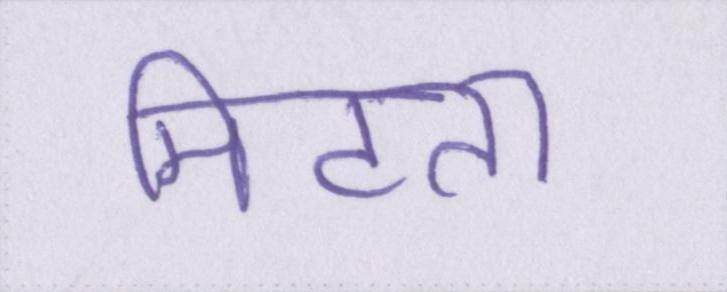
मिटता